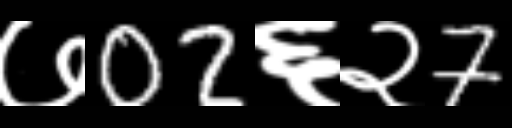
Text: ७02६२7